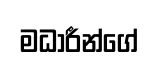
මධාරීන්ගේ